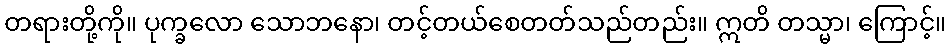
တရားတို့ကို။ ပုက္ခလော သောဘနော၊ တင့်တယ်စေတတ်သည်တည်း။ ဣတိ တသ္မာ၊ ကြောင့်။